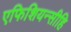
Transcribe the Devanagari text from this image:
एफिशियन्सीहि